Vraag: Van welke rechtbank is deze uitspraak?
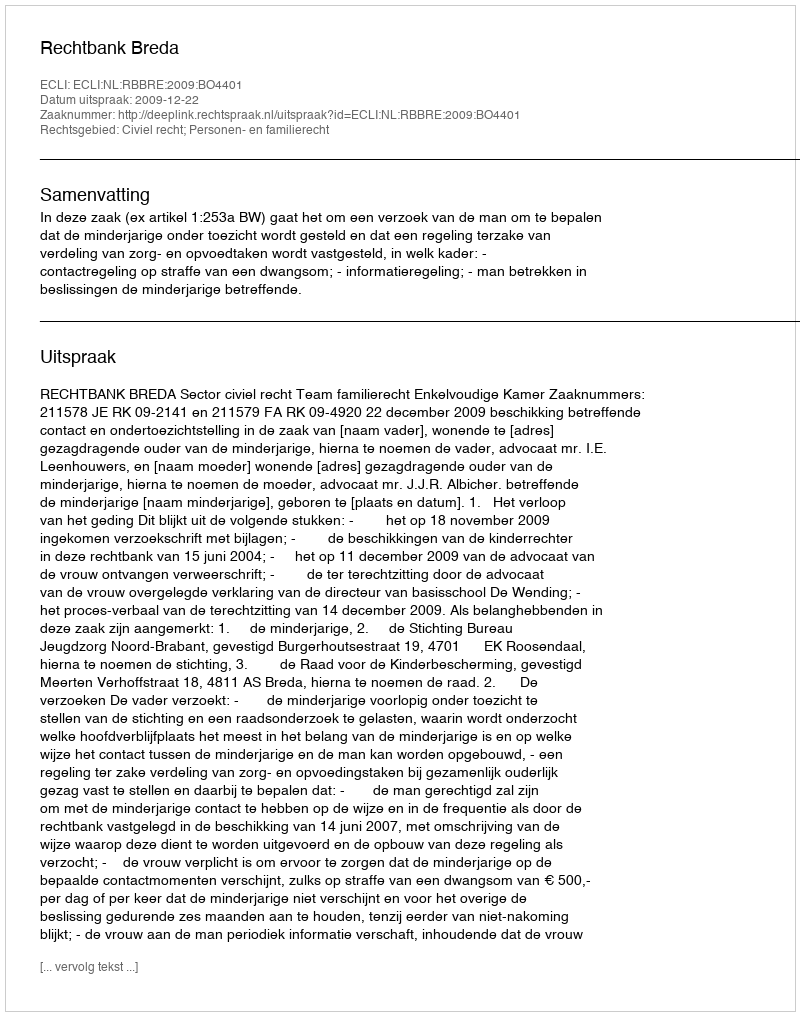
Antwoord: Rechtbank Breda